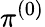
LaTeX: \pi^{(0)}